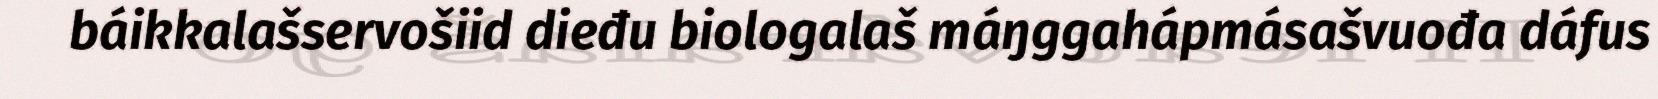
báikkalašservošiid dieđu biologalaš máŋggahápmásašvuođa dáfus